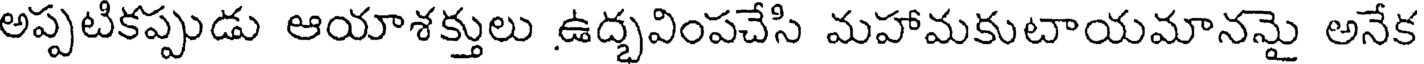
అప్పటికప్పుడు ఆయాశక్తులు ఉద్భవింపచేసి మహామకుటాయమానమై అనేక